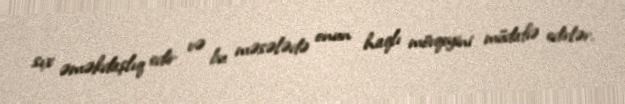
sıx əməkdaşlıq edir və bu məsələdə onun haqlı mövqeyini müdafiə edirlər.